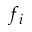
f _ { i }